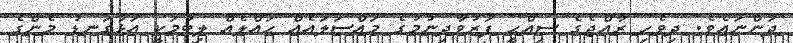
ދަންނައެވެ. ދިވެހި ރާއްޖެގެ ސިއްޙީ ފަރުވާދިނުމުގެ މައްސަލައެއް ޙައްލެއް ލިބުމަކީ އަޅުގަނޑު މެންގެ